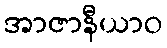
အာဇာနီယာဝ